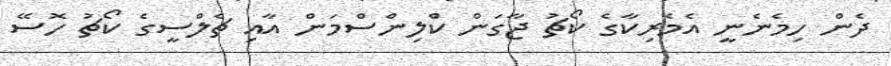
ދެން ހިމެނެނީ އެމެރިކާގެ ކޯޗު ޖާގަން ކްލިންސްމަން އާއި ޗެލްސީގެ ކޯޗު ހޮސޭ